Civil Veterinary Department. Central Provinces & Berar 1932-41 - 1932-1941
Year: 1932
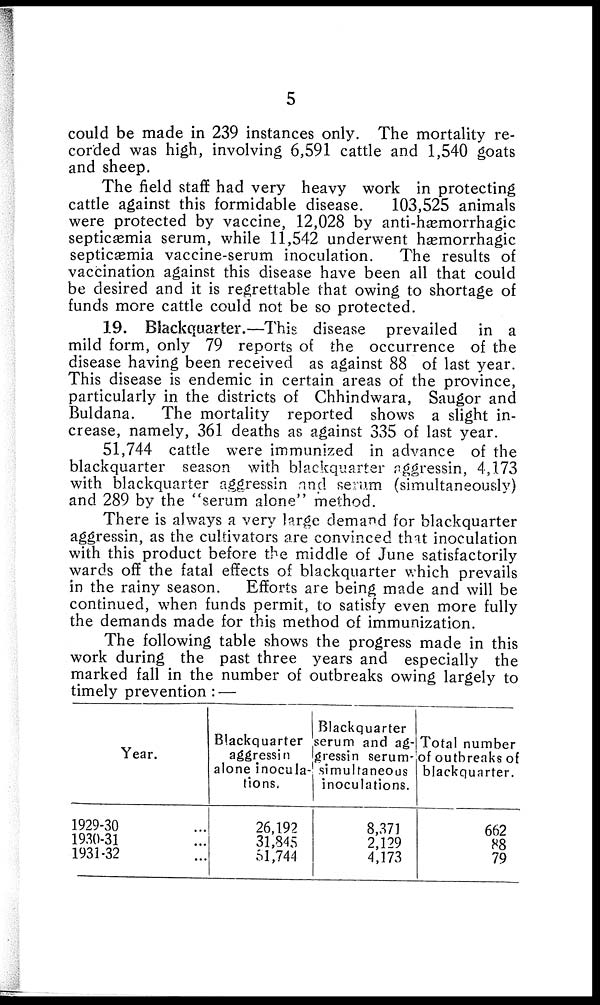
5
could be made in 239 instances only. The mortality re-
corded was high, involving 6,591 cattle and 1,540 goats
and sheep.
The field staff had very heavy work in protecting
cattle against this formidable disease.
103,525 animals
were protected by vaccine, 12,028 by anti-hæmorrhagic
septicæmia serum, while 11,542 underwent hæmorrhagic
septicæmia vaccine-serum inoculation.
The results of
vaccination against this disease have been all that could
be desired and it is regrettable that owing to shortage of
funds more cattle could not be so protected.
19. Blackquarter.—This disease prevailed in a
mild form, only 79 reports of the occurrence of the
disease having been received as against 88 of last year.
This disease is endemic in certain areas of the province,
particularly in the districts of Chhindwara, Saugor and
Buldana.
The mortality reported shows a slight in-
crease, namely, 361 deaths as against 335 of last year.
51,744 cattle were immunized in advance of the
blackquarter season with blackquarter aggressin, 4,173
with blackquarter aggressin and serum (simultaneously)
and 289 by the "serum alone" method.
There is always a very large demand for blackquarter
aggressin, as the cultivators are convinced that inoculation
with this product before the middle of June satisfactorily
wards off the fatal effects of blackquarter which prevails
in the rainy season.
Efforts are being made and will be
continued, when funds permit, to satisfy even more fully
the demands made for this method of immunization.
The following table shows the progress made in this
work during the past three years and especially the
marked fall in the number of outbreaks owing largely to
timely prevention : —
Year.
1929-30 ...
1930-31 ...
1931-32 ...
Blackquarter
aggressin
alone inocula-
tions.
26,192
31,845
51,744
Blackquarter
serum and ag-
gressin serum¬
simultaneous
inoculations.
8,371
2,129
4,173
Total number
of outbreaks of
blackquarter.
662
88
79